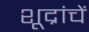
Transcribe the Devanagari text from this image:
शूद्रांचें